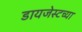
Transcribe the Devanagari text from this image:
डायजेस्टच्या